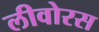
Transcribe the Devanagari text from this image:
लीवोरस